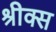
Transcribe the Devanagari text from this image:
श्रीक्स